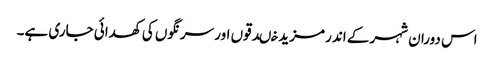
اس دوران شہر کے اندر مزید خںدقوں اور سرنگوں کی کھدائی جاری ہے۔